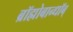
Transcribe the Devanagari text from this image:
ब्रॉह्मोबान्धॉब्